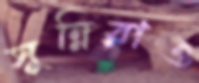
সুন্নিরাও